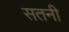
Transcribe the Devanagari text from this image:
सतनी